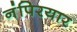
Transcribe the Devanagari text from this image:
नंपिरयार